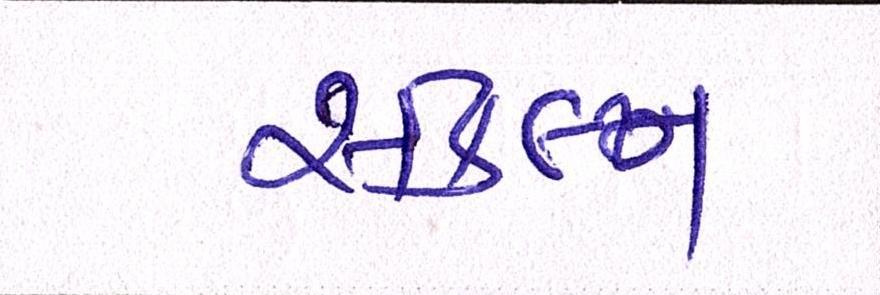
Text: સંલગ્ન